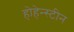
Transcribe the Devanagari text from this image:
होहेन्स्टीन